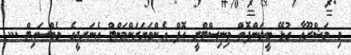
މި މަޝްރޫޢާ ގުޅޭ ބީލަންފޮތް މިނިސްޓްރީ އޮފް އެންވަޔަރަންމަންޓް އެނަރޖީގެ ވެބްސައިޓް ...